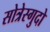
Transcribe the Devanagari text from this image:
सोत्रेस्गुदो